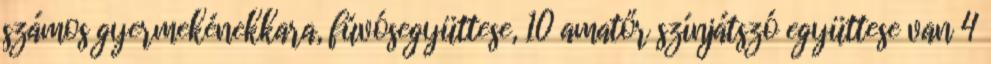
számos gyermekénekkara, fúvósegyüttese, 10 amatőr színjátszó együttese van 4